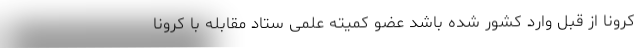
کرونا از قبل وارد کشور شده باشد عضو کمیته علمی ستاد مقابله با کرونا